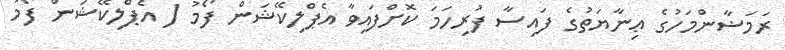
ރަމަޟާންމަހުގެ ޢިނާޔަތުގެ ފައިސާ ފުރިހަމަ ކޮށްފައިވާ އެޕްލިކޭޝަން ފޯމު ( އެޕްލިކޭޝަން ފޯމު